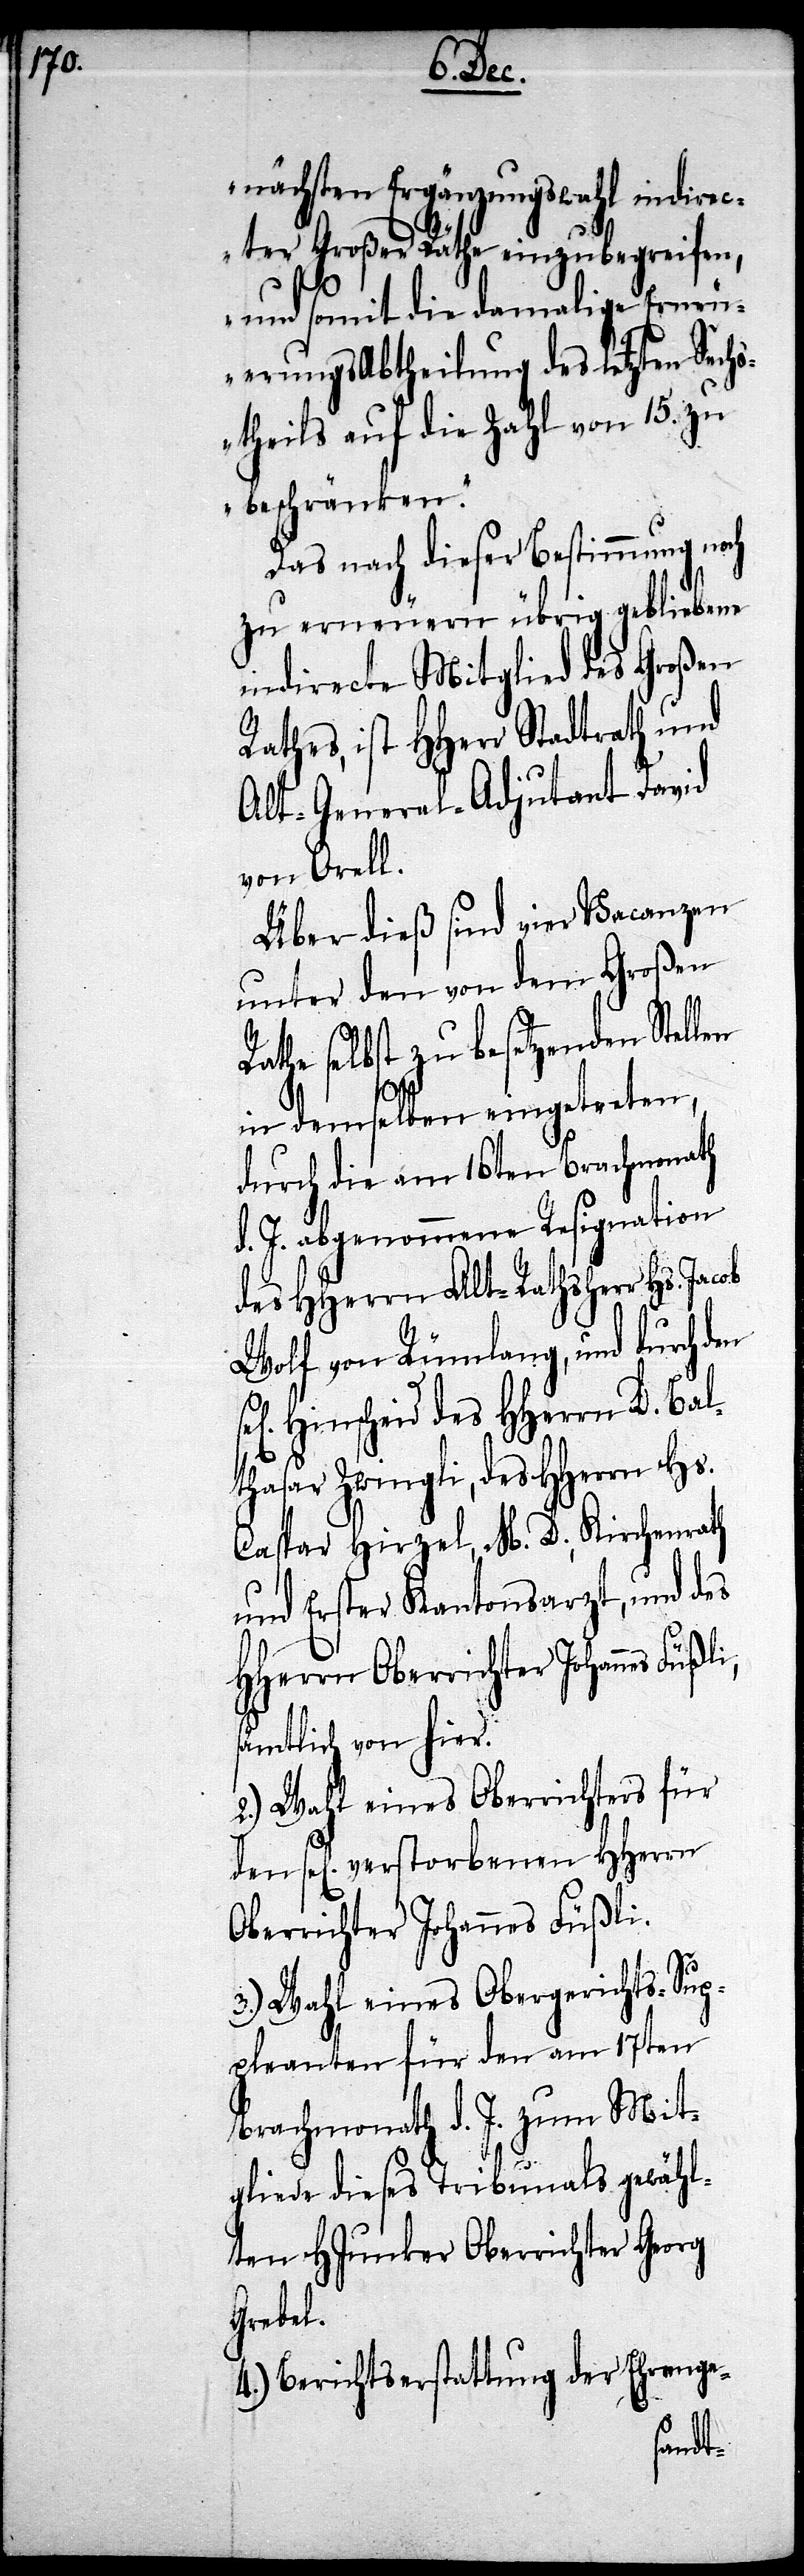
nächsten Ergänzungswahl indire¬
cter Großer Räthe einzubegreifen,
und somit die damalige Erneu¬
erungs-Abtheilung des letzten Sech¬
theils auf die Zahl von 15. zu
beschränken.“
Das nach dieser Bestimmung noch
zu erneuern übrig gebliebene
indirecte Mitglied des Großen
Rathes, ist HHerr Stadtrath und
Alt-General-Adjutant David
von Orell.
Über dieß sind vier Vacanzen
unter den von dem Großen
Rathe selbst zu besetzenden Stellen
in demselben eingetreten,
durch die am 16ten Brachmonath
d. J. abgenommene Resignation
des HHerrn Alt-Rathsherr Hs. Jacob
Wolf von Rümlang, und durch den
en] Hinscheid des HHerrn D. Bal¬
thasar Zwingli, des HHerrn Hs.
Caspar Hirzel, M. D. Kirchenrath
und Erster Kantonsarzt, und des
sämtlich von hier.
2) Wahl eines Oberrichters für
den sel[ig] verstorbenen HHerrn
Oberrichter Johannes Füßli.
3.) Wahl eines Obergerichts-Sup¬
pleanten für den am 17ten
Brachmonath d. J. zum Mit¬
gliede dieses Tribunals gewähl¬
ten HJunker Oberrichter Georg
Grebel.
4.) Berichtserstattung der Ehrenge-